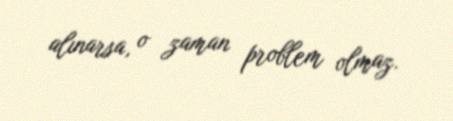
alınarsa, o zaman problem olmaz.